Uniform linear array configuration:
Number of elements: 4
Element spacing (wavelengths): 0.75
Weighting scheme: uniform
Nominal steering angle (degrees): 0
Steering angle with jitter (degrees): -1.515
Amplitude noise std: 0.05
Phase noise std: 0.05

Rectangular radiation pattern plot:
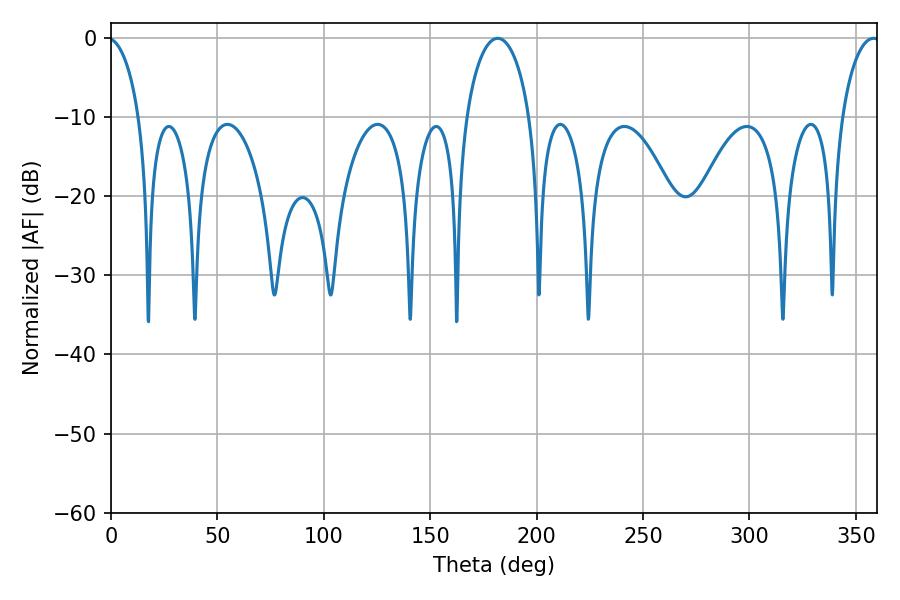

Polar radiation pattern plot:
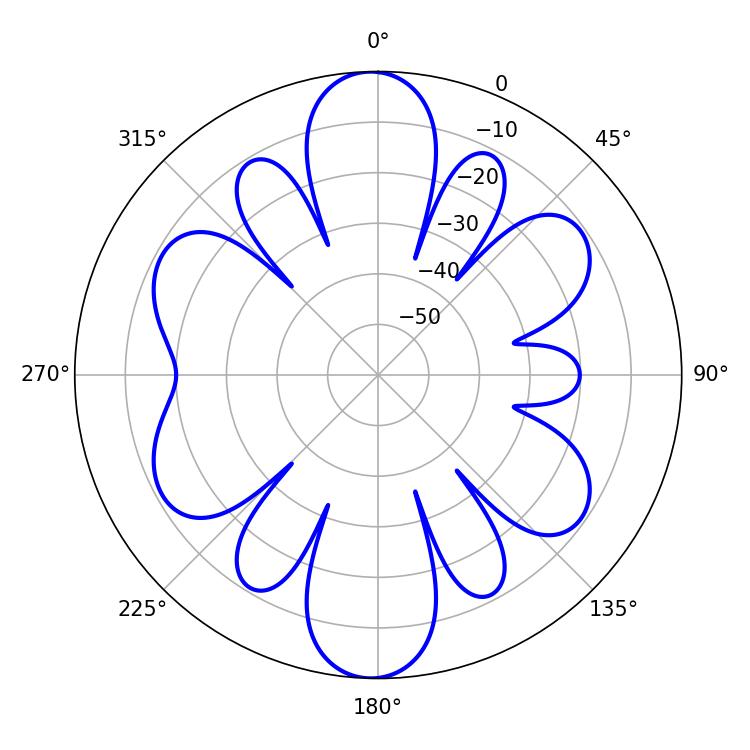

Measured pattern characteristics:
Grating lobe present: TRUE
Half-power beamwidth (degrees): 17.1
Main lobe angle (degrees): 181.62